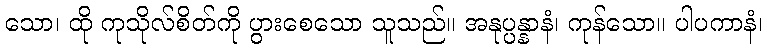
သော၊ ထို ကုသိုလ်စိတ်ကို ပွားစေသော သူသည်။ အနုပ္ပန္နာနံ၊ ကုန်သော။ ပါပကာနံ၊